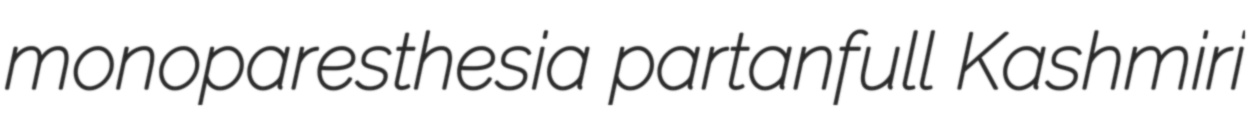
monoparesthesia partanfull Kashmiri